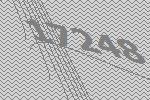
17248